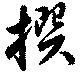
撰